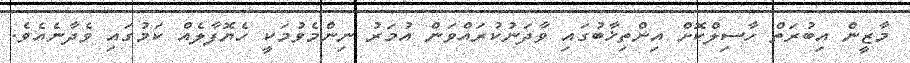
މާޒީން އިބުރަތް ހާސިލްކޮށް އިންތިޚާބުގައި ވާދަނުކުރައްވަަން އުމަރު ނިންމެވުމަކީ ހެޔޮފާލެއް ކަމުގައި ވެދާނެއެވެ.